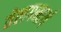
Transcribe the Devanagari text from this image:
तेलगनार्य